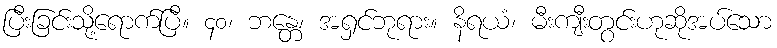
ပြီးခြင်းသို့ရောက်ပြီ။ ၄၀၊ ဘန္တေ၊ အရှင်ဘုရား။ နိရယံ၊ မီးကျီးတွင်းဟုဆိုအပ်သော